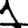
Digit: 1